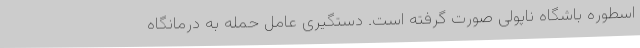
اسطوره باشگاه ناپولی صورت گرفته است. دستگیری عامل حمله‌ به درمانگاه